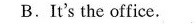
B.It's the office.